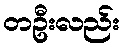
တဦးလည်း